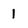
Character: 1